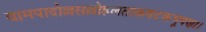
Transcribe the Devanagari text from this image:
वामपादोल्लसल्लोहलताकण्टकभूषणा।